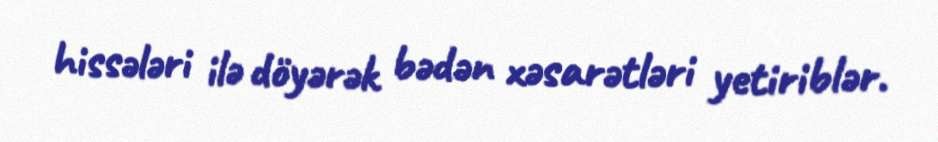
hissələri ilə döyərək bədən xəsarətləri yetiriblər.